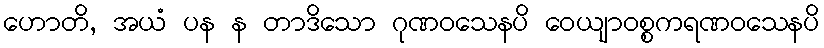
ဟောတိ, အယံ ပန န တာဒိသော ဂုဏဝသေနပိ ဝေယျာဝစ္စကရဏဝသေနပိ